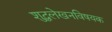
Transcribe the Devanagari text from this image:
शुद्धलेखनविषयक